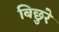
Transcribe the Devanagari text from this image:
बिछुरे